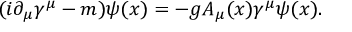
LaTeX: ( i \partial _ { \mu } \gamma ^ { \mu } - m ) \psi ( x ) = - g A _ { \mu } ( x ) \gamma ^ { \mu } \psi ( x ) .